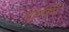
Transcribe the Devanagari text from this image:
एलीने